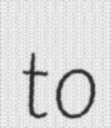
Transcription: to